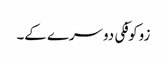
زوکوفکی دوسرے کے۔